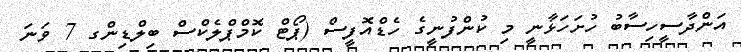
އަންދާސީހިސާބު ހުށަހަޅާނީ މި ކުންފުނީގެ ހެޑްއޮފީސް (ޕޯޓް ކޮމްޕްލެކްސް ބިލްޑިންގ 7 ވަނަ